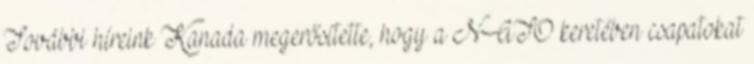
További híreink Kanada megerősítette, hogy a NATO keretében csapatokat